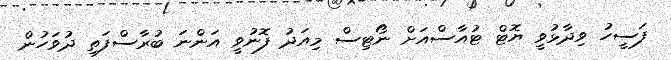
ފަސީހު ވިދާޅުވީ ޔޮޓް ޓުއާސްއަށް ނޯޓިސް މިއަދު ފޮނުވީ އަންނަ ބުރާސްފަތި ދުވަހުން